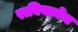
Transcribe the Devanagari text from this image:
राबियानेच